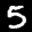
Label: 5